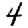
Digit: 4